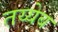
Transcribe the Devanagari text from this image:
तय्येब